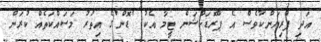
އަދި ޕްރިޔަންކާވެސް އެ ޕްރޮޑަކްޝަން ޓީމާ އެކު 'ޑޮން'ގެ އިތުރު މަސައްކަތެއް ކުރަން